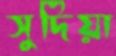
সুদিয়া